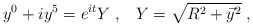
\begin{align*}y^0+iy^5=e^{it}Y\;,\;\;\;Y=\sqrt{R^2+\vec y{}^2}\;,\end{align*}